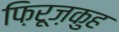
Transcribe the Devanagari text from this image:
फ़िरूज़कुह